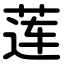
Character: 莲